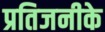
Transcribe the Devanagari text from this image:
प्रतिजनीके